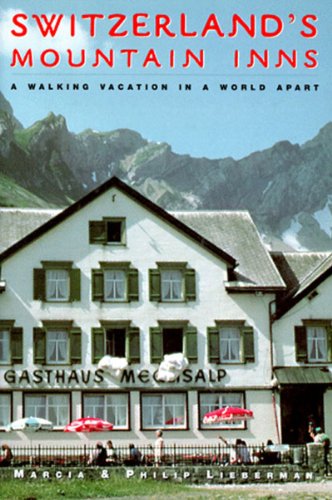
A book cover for Switzerland's Mountain Inns: A Walking Vacation in a World Apart; Marcia Lieberman; Travel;